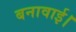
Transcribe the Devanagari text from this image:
बनावाई।